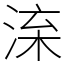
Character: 㳿